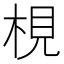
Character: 梘